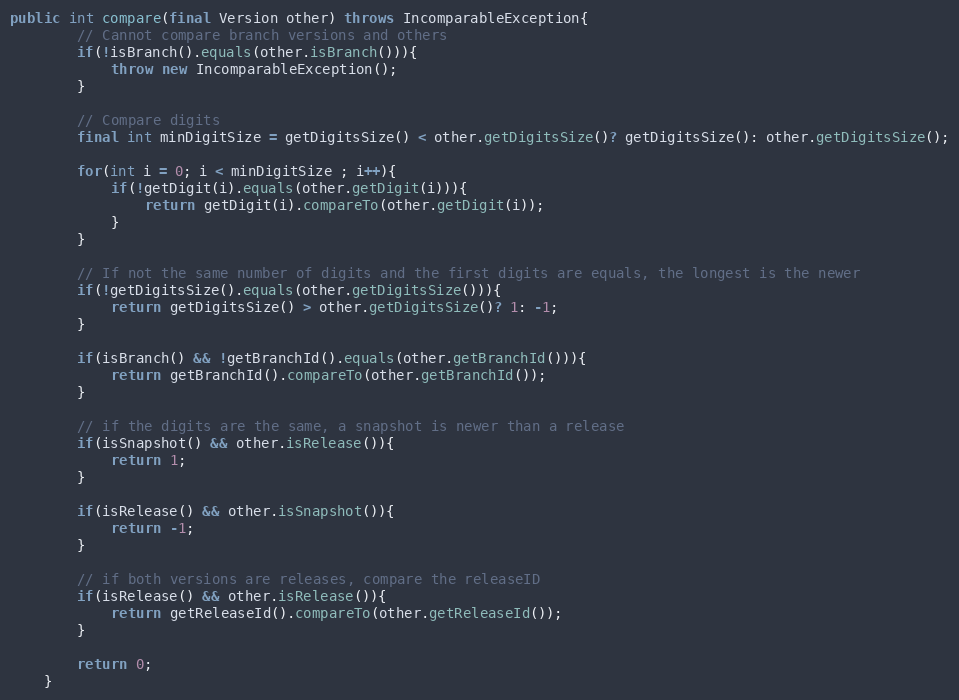
Language: Java
public int compare(final Version other) throws IncomparableException{
		// Cannot compare branch versions and others
		if(!isBranch().equals(other.isBranch())){
			throw new IncomparableException();
		}

		// Compare digits
		final int minDigitSize = getDigitsSize() < other.getDigitsSize()? getDigitsSize(): other.getDigitsSize();

		for(int i = 0; i < minDigitSize ; i++){
			if(!getDigit(i).equals(other.getDigit(i))){
				return getDigit(i).compareTo(other.getDigit(i));
			}
		}

		// If not the same number of digits and the first digits are equals, the longest is the newer
		if(!getDigitsSize().equals(other.getDigitsSize())){
			return getDigitsSize() > other.getDigitsSize()? 1: -1;
		}

        if(isBranch() && !getBranchId().equals(other.getBranchId())){
			return getBranchId().compareTo(other.getBranchId());
		}

		// if the digits are the same, a snapshot is newer than a release
		if(isSnapshot() && other.isRelease()){
			return 1;
		}

		if(isRelease() && other.isSnapshot()){
			return -1;
		}

		// if both versions are releases, compare the releaseID
		if(isRelease() && other.isRelease()){
			return getReleaseId().compareTo(other.getReleaseId());
		}

		return 0;
	}